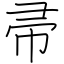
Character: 帚